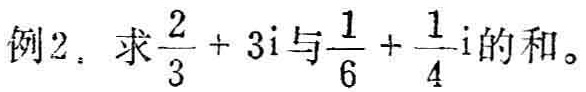
例2. 求$\frac{2}{3}+3\mathrm{i}$与$\frac{1}{6}+\frac{1}{4}\mathrm{i}$的和。